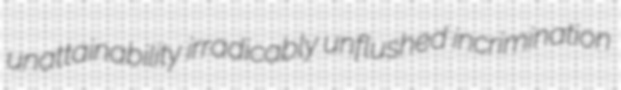
unattainability irradicably unflushed incrimination